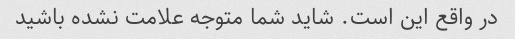
در واقع این است. شاید شما متوجه علامت نشده باشید